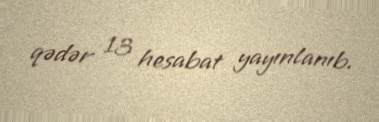
qədər 13 hesabat yayınlanıb.